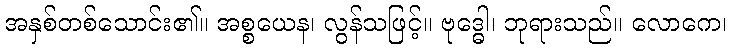
အနှစ်တစ်သောင်း၏။ အစ္စယေန၊ လွန်သဖြင့်။ ဗုဒ္ဓေါ၊ ဘုရားသည်။ လောကေ၊